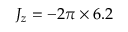
J _ { z } = - 2 \pi \times 6 . 2